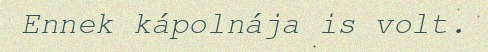
Ennek kápolnája is volt.